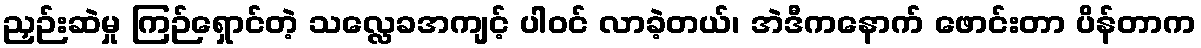
ညှဉ်းဆဲမှု ကြဉ်ရှောင်တဲ့ သလ္လေခအကျင့် ပါဝင် လာခဲ့တယ်၊ အဲဒီကနောက် ဖောင်းတာ ပိန်တာက